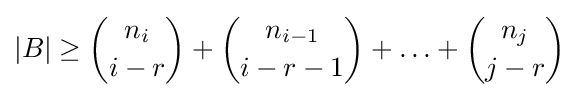
|B|\geq {\binom {n_{i}}{i-r}}+{\binom {n_{i-1}}{i-r-1}}+\ldots +{\binom {n_{j}}{j-r}}